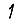
Digit: 1